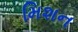
મિશન